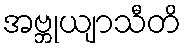
အဗ္ဘုယျာသီတိ